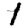
Digit: 1